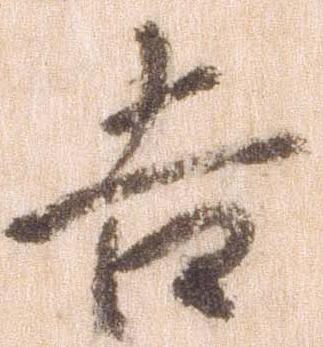
吉